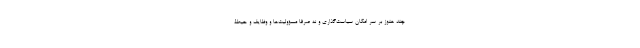
چند هنوز بر سر امکان سیاست‌گذاری و نه صرفا مسؤولیت‌ها و وظایف و حیطۀ